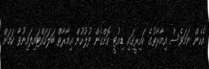
އެހެން ނަމަވެސް އިމާރާތުގެ ކައިރީގައި ޑިއުޓީ ކޮށްގެން ފުލުހުން އިމާރާތް ބަލަހައްޓައިފައިނުވާ ކަމަށް